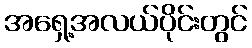
အရှေ့အလယ်ပိုင်းတွင်